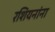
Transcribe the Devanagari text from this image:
रशियनांना